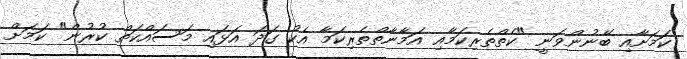
ކަމަށާއި ބޭނުންވަނީ "ކެތްތެރިކަމާއި އަމާނާތްތެރިކަމާ އެކު ގަދަ އަޅައި މަސައްކަތް ކުރުން" ކަމަށް